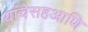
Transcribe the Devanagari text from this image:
यांचेसहआणि